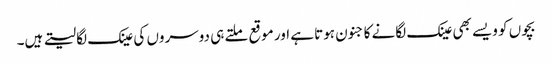
بچوں کو ویسے بھی عینک لگانے کا جنون ہوتا ہے اور موقع ملتے ہی دوسروں کی عینک لگا لیتے ہیں۔